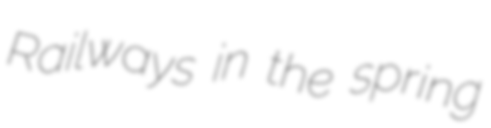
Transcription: Railways in the spring